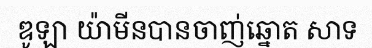
ឌូឡា យ៉ាមីនបានចាញ់ឆ្នោត សាទ